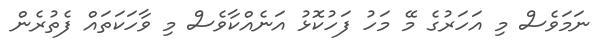
ނަމަވެސް މި އަހަރުގެ މޭ މަހު ފަހުކޮޅު އަނެއްކާވެސް މި ވާހަކަތައް ފެތުރެން